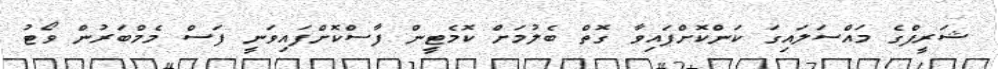
ޝަރީފްގެ މައްސަލައިގަ ކަންކޮށްފައިވާ ގޮތް ބެލުމަށް ކޮމެޓީން ފާސްކޮށްފައިވަނީ ފަސް މެމްބަރުން ވޯޓު